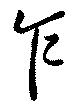
乍